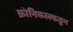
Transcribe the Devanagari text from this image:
क्रोनिकलकडून